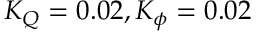
K _ { Q } = 0 . 0 2 , K _ { \phi } = 0 . 0 2